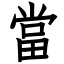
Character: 當